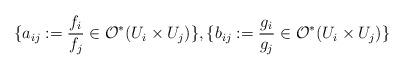
LaTeX: \begin{align*} \{a_{ij}:= \frac{f_i}{f_j} \in \mathcal O^*(U_i \times U_j)\}, \{b_{ij}:= \frac{g_i}{g_j} \in \mathcal O^*(U_i \times U_j)\}\end{align*}